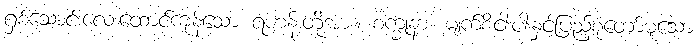
ရှစ်သောင်းလေးထောင်ကုန်သော ရဟန်းတို့အား။ စက္ခုနာ၊ မျက်စိငါးပါးနှင့်ပြည့်စုံတော်မူသော